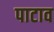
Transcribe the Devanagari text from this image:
पाटाव